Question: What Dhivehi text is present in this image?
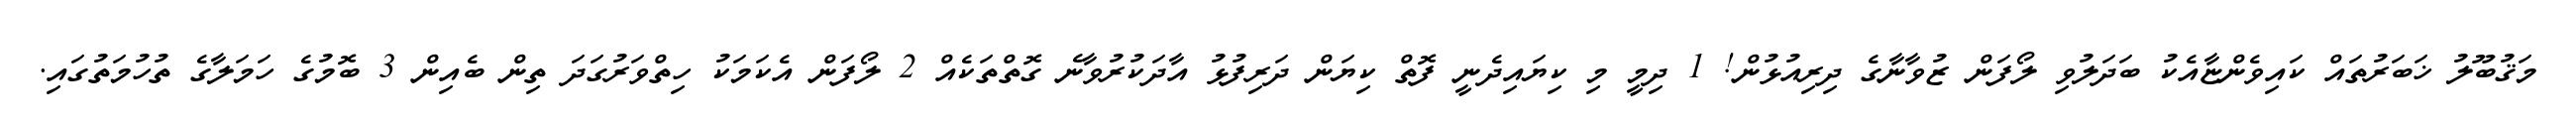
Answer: މަޤުބޫލު ޚަބަރުތައް ކައިވެންޏާއެކު ބަދަލުވި ލޯފަން ޒުވާނާގެ ދިރިއުޅުން! 1 ދިމީ މި ކިޔައިދެނީ ފޮތް ކިޔަން ދަރިފުޅު އާދަކުރުވާނެ ގޮތްތަކެއް 2 ލޯފަން އެކަމަކު ހިތްވަރުގަދަ ތިން ބެއިން 3 ބޮމުގެ ހަމަލާގެ ތުހުމަތުގައި.